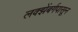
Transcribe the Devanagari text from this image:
लक्झेंबर्गपासून